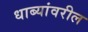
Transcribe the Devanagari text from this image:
धाब्यांवरील